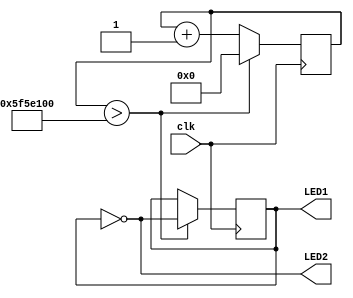
module led (
	input clk,
	output LED1,LED2
);

	reg [31:0] cnt;
	reg flag;
	always @(posedge clk)
		if (cnt>32'd100000000) begin
			cnt <= 32'd0;
			flag <= ~flag;
			end
		else
			cnt <= cnt + 1'd1;
	
	assign LED1 =  flag;
	assign LED2 = ~flag;

endmodule